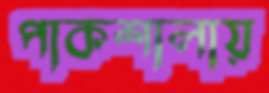
পাকশালায়